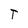
Character: T